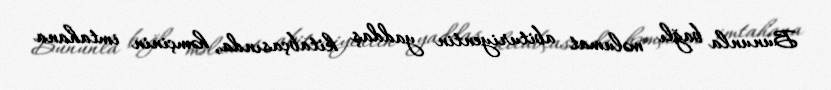
Bununla bağlı məlumat abituriyentin yaddaş kitabçasında, həmçinin imtahana